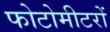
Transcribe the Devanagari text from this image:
फोटोमीटरों